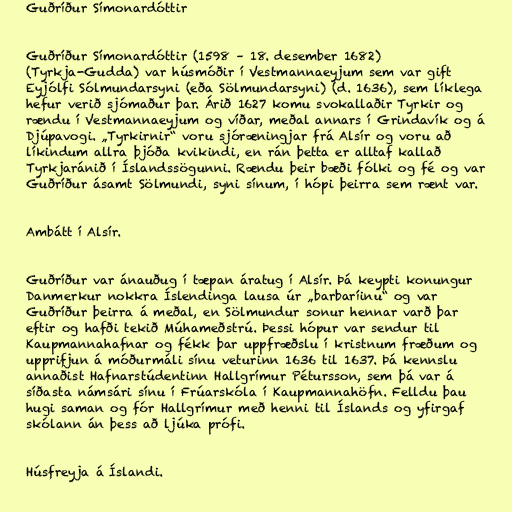
Guðríður Símonardóttir

Guðríður Símonardóttir (1598 – 18. desember 1682)
(Tyrkja-Gudda) var húsmóðir í Vestmannaeyjum sem var gift
Eyjólfi Sólmundarsyni (eða Sölmundarsyni) (d. 1636), sem líklega
hefur verið sjómaður þar. Árið 1627 komu svokallaðir Tyrkir og
rændu í Vestmannaeyjum og víðar, meðal annars í Grindavík og á
Djúpavogi. „Tyrkirnir“ voru sjóræningjar frá Alsír og voru að
líkindum allra þjóða kvikindi, en rán þetta er alltaf kallað
Tyrkjaránið í Íslandssögunni. Rændu þeir bæði fólki og fé og var
Guðríður ásamt Sölmundi, syni sínum, í hópi þeirra sem rænt var.

Ambátt í Alsír.

Guðríður var ánauðug í tæpan áratug í Alsír. Þá keypti konungur
Danmerkur nokkra Íslendinga lausa úr „barbaríinu“ og var
Guðríður þeirra á meðal, en Sölmundur sonur hennar varð þar
eftir og hafði tekið Múhameðstrú. Þessi hópur var sendur til
Kaupmannahafnar og fékk þar uppfræðslu í kristnum fræðum og
upprifjun á móðurmáli sínu veturinn 1636 til 1637. Þá kennslu
annaðist Hafnarstúdentinn Hallgrímur Pétursson, sem þá var á
síðasta námsári sínu í Frúarskóla í Kaupmannahöfn. Felldu þau
hugi saman og fór Hallgrímur með henni til Íslands og yfirgaf
skólann án þess að ljúka prófi.

Húsfreyja á Íslandi.